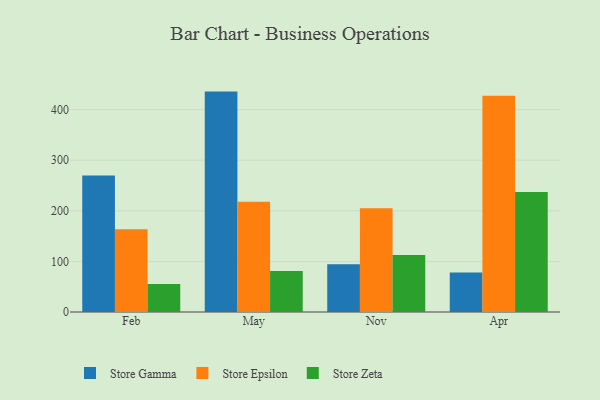
{"axis": {"x": "Month", "y": "Temperature (°C)"}, "legend": ["Store Epsilon", "Store Gamma", "Store Zeta"], "data": [{"x": "Feb", "y": 269.7, "type": "Store Gamma"}, {"x": "Feb", "y": 163.5, "type": "Store Epsilon"}, {"x": "Feb", "y": 55.1, "type": "Store Zeta"}, {"x": "May", "y": 435.6, "type": "Store Gamma"}, {"x": "May", "y": 217.7, "type": "Store Epsilon"}, {"x": "May", "y": 81.1, "type": "Store Zeta"}, {"x": "Nov", "y": 94.2, "type": "Store Gamma"}, {"x": "Nov", "y": 205.2, "type": "Store Epsilon"}, {"x": "Nov", "y": 112.9, "type": "Store Zeta"}, {"x": "Apr", "y": 77.9, "type": "Store Gamma"}, {"x": "Apr", "y": 427.5, "type": "Store Epsilon"}, {"x": "Apr", "y": 237.4, "type": "Store Zeta"}]}